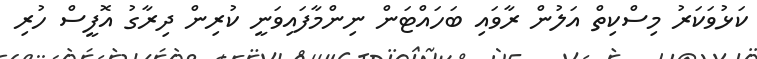
ކަޅުވަކަރު މިސްކިތް އަލުން ރާވައި ބަހައްޓަން ނިންމާފައިވަނީ ކުރިން ދިރާގު އޮފީސް ހުރި